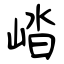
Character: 崉